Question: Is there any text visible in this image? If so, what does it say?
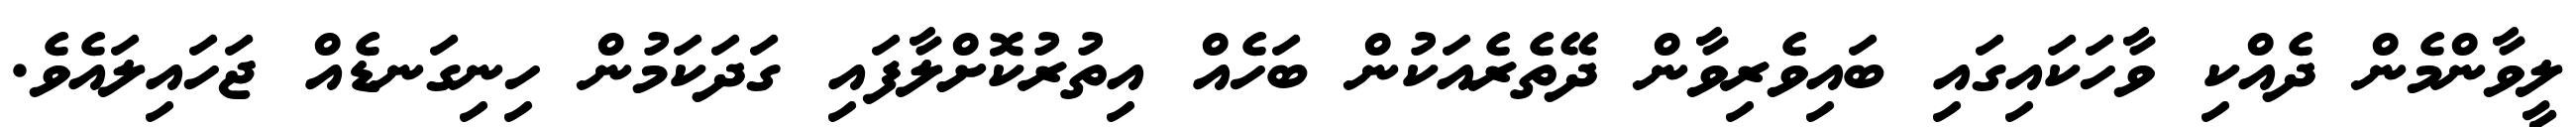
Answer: ލީވާންމެން ދެއްކި ވާހަކައިގައި ބައިވެރިވާން ދޭތެރެއަކުން ބަހެއް އިތުރުކޮށްލާފައި ގަދަކަމުން ހިނިގަނޑެއް ޖަހައިލައެވެ.